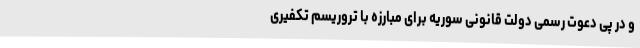
و در پی دعوت رسمی دولت قانونی سوریه برای مبارزه با تروریسم تکفیری